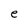
Character: e